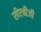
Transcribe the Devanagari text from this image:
सीएबीजी